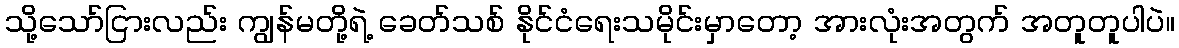
သို့သော်ငြားလည်း ကျွန်မတို့ရဲ့ ခေတ်သစ် နိုင်ငံရေးသမိုင်းမှာတော့ အားလုံးအတွက် အတူတူပါပဲ။